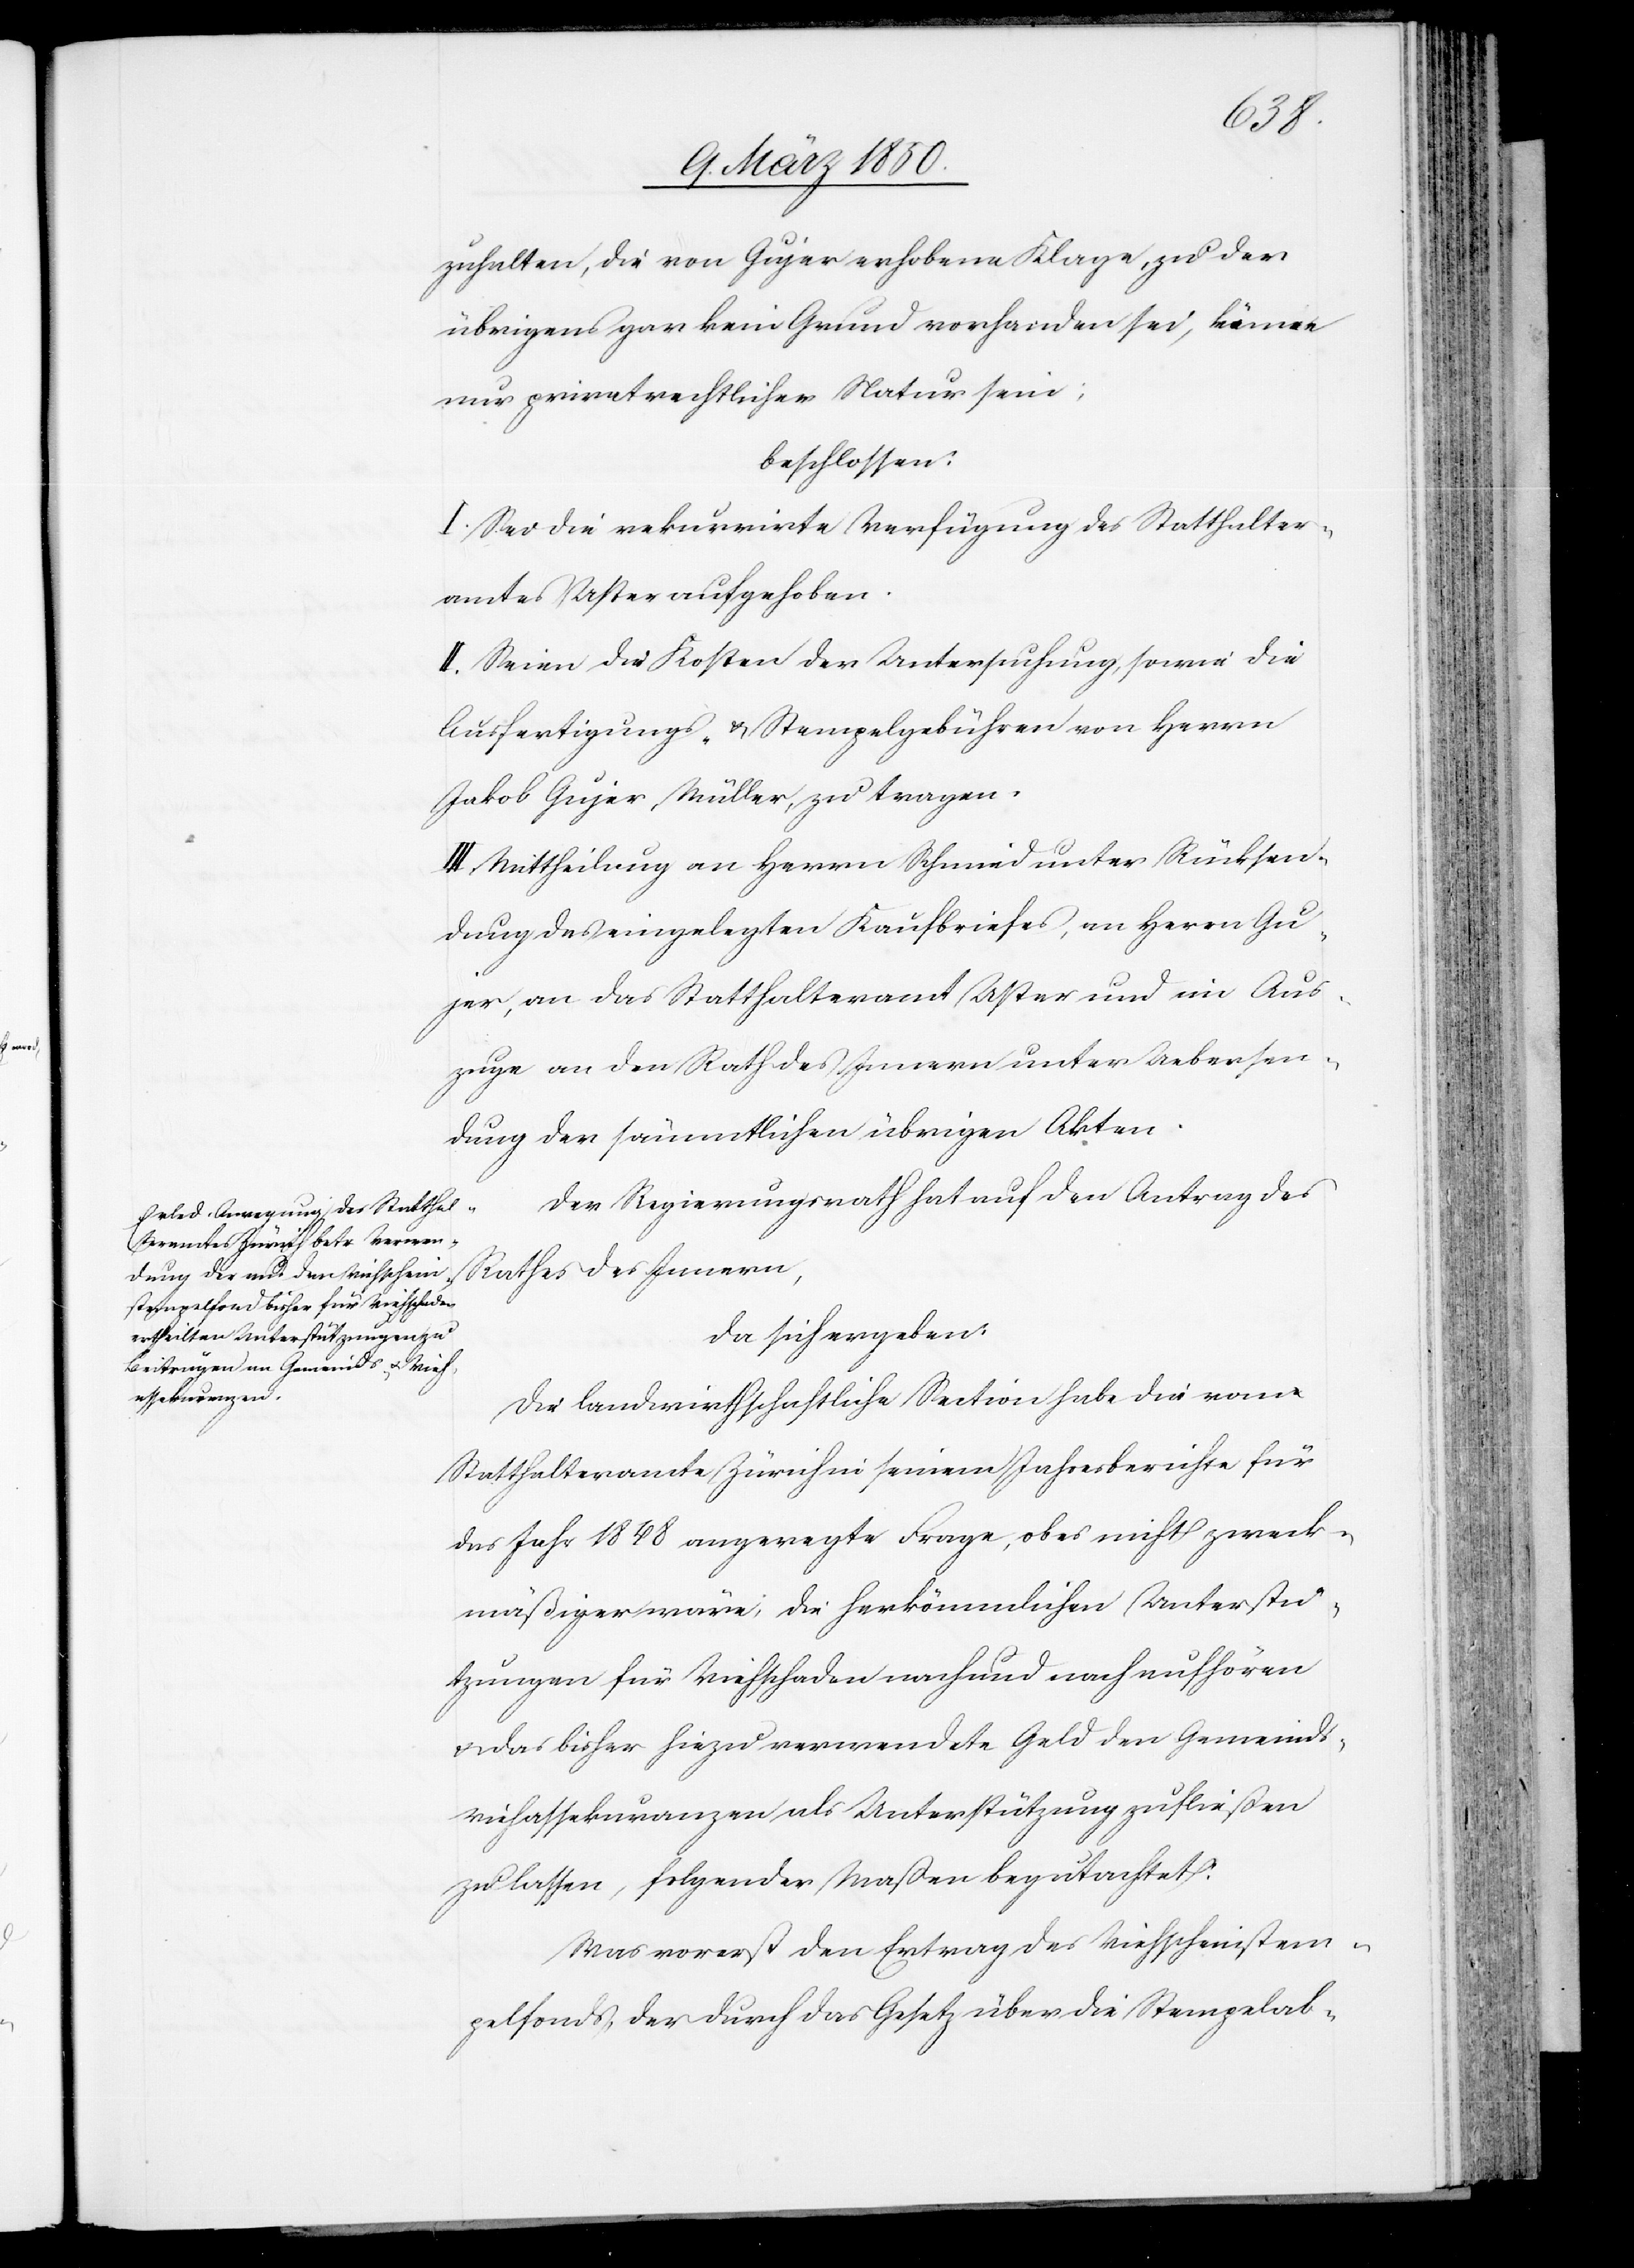
zuhalten, die von Gujer erhobene Klage, zu der
übrigens gar kein Grund vorhanden sei, könne
nur privatrechtlicher Natur sein;
beschlossen:
I. Sei die rekurrirte Verfügung des Statthalter¬
amtes Uster aufgehoben.
II. Seien die Kosten der Untersuchung, sowie die
Ausfertigungs- u. Stempelgebühren von Herrn
Jakob Gujer, Müller, zu tragen.
III. Mittheilung an Herrn Schmied unter Rücksen¬
dung des eingelegten Kaufbriefes, an Herrn Gu¬
jer[,] an das Statthalteramt Uster und im Aus¬
zuge an den Rath des Innern unter Uebersen¬
dung der sämmtlichen übrigen Akten.
Der Regierungsrath hat auf den Antrag des
Rathes des Innern,
da sich ergeben:
Die landwirtschaftliche Section habe die vom
Statthalteramte Zürich in seinem Jahresberichte für
das Jahr 1848 angeregte Frage, ob es nicht zweck¬
mäßiger wäre, die herkömmlichen Unterstü¬
tzungen für Viehschaden nach und nach aufhören
u. das bisher hiezu verwendete Geld den Gemeinds¬
viehassekuranzen als Unterstützung zufließen
zu lassen, folgender Maßen begutachtet:
Was vorerst den Ertrag des Viehscheinstem¬
pelfonds der durch das Gesetz über die Stempelab-